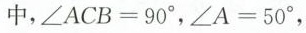
中，$$\angle ACB=90 ^ { \circ }$$，$$\angle A=50 ^ { \circ }$$，